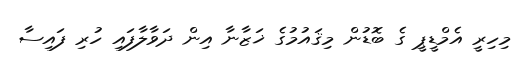
މިހިރީ އެމްޑީޕީ ގެ ބޮޑުން މިޤައުމުގެ ޚަޒާނާ އިން ދަވާލާފައި ހުރި ފައިސާ